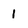
Character: 1